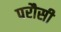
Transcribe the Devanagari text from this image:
परौसी